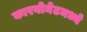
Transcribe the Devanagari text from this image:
कारबोनेटमध्ये